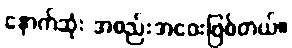
နောက်ဆုံး အစည်းအဝေးဖြစ်တယ်။